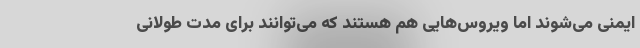
ایمنی می‌شوند اما ویروس‌هایی هم هستند که می‌توانند برای مدت طولانی